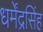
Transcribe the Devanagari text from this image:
धर्मेंद्रसिंह